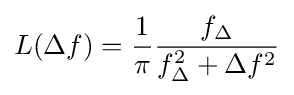
L(\Delta f)={\frac {1}{\pi }}{\frac {f_{\Delta }}{f_{\Delta }^{2}+\Delta f^{2}}}